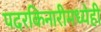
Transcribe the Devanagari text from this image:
पदरकिनारीमध्येही